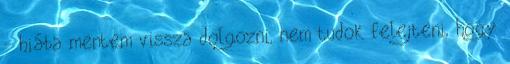
- hiába mentem vissza dolgozni, nem tudok felejteni, hogy